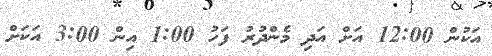
އަކުން 12:00 އަށް އަދި މެންދުރު ފަހު 1:00 އިން 3:00 އަކަށް